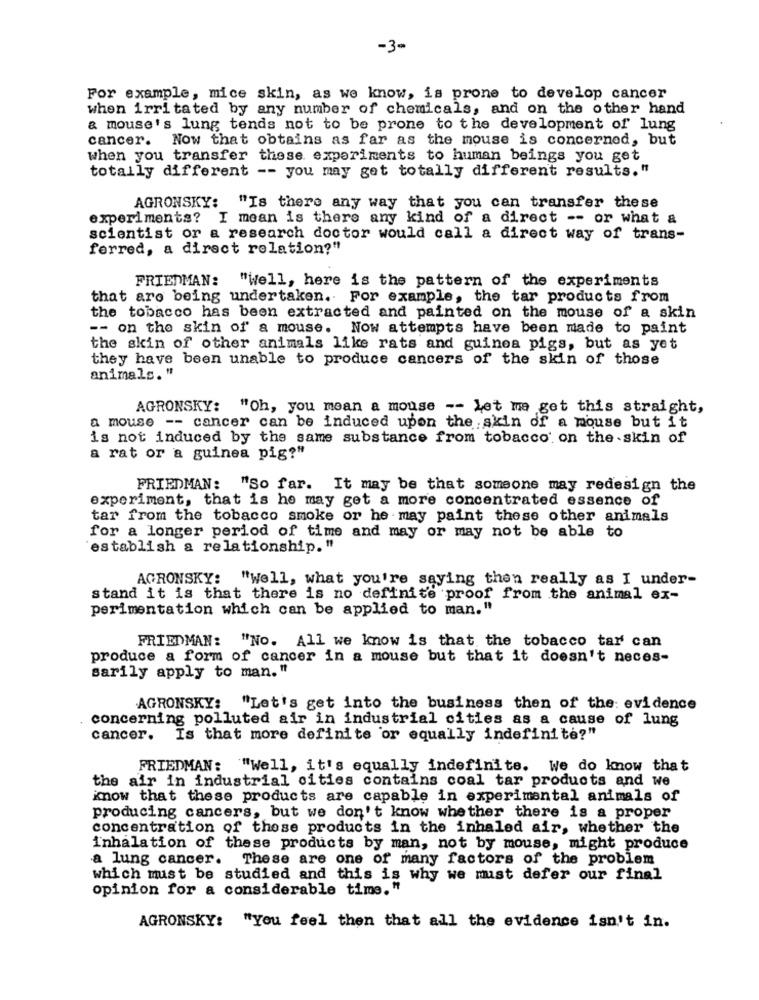
-3-
For example, mice skin, as we know, is prone to develop cancer
when irritated by any number of chemicals, and on the other hand
& mouse's lung tends not to be prone to the development of lung
cancer. Now that obtains as far as the mouse is concerned, but
when you transfer these experiments to human beings you get
totally different -- you may get totally different results."
AGRONSKY: "Is there any way that you can transfer these
experiments? I mean is there any kind of a direct -- or what a
scientist or a research doctor would call a direct way of trans-
ferred, a direct relation?"
FRIEDMAN: "Well, here is the pattern of the experiments
that are being undertaken. For example, the tar products from
the tobacco has been extracted and painted on the mouse of a skin
-- on the skin of a mouse. Now attempts have been made to paint
the skin of other animals like rats and guinea pigs, but as yet
they have been unable to produce cancers of the skin of those
animals. "
AGRONSKY: "Oh, you mean a mouse -- Let me get this straight,
a mouse -- cancer can be induced upon the skin of a mouse but it
is not induced by the same substance from tobacco' on the skin of
a rat or a guinea pig?"
FRIEDMAN: "So far. It may be that someone may redesign the
experiment, that is he may get a more concentrated essence of
tar from the tobacco smoke or he may paint these other animals
for a longer period of time and may or may not be able to
establish a relationship. "
AGRONSKY: "Well, what you're saying then really as I under-
stand it is that there is no definite proof from the animal ex-
perimentation which can be applied to man."
FRIEDMAN: "No. All we know is that the tobacco tar can
produce a form of cancer in a mouse but that it doesn't neces-
sarily apply to man. "
AGRONSKY: "Let's get into the business then of the: evidence
concerning polluted air in industrial cities as a cause of lung
cancer. Is that more definite or equally indefinite?"
FRIEDMAN: "Well, it's equally indefinite. We do know that
the air in industrial cities contains coal tar products and we
know that these products are capable in experimental animals of
producing cancers, but we don't know whether there is a proper
concentration of these products in the inhaled air, whether the
inhalation of these products by man, not by mouse, might produce
a lung cancer. These are one of many factors of the problem
which must be studied and this is why we must defer our final
opinion for a considerable time."
AGRONSKY: "You feel then that all the evidence isn't in.